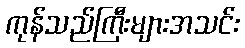
ကုန်သည်ကြီးများအသင်း